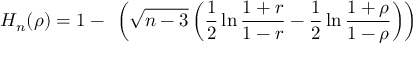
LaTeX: H _ { n } ( \rho ) = 1 - { \mathit { \Phi } } \left( { \sqrt { n - 3 } } \left( { \frac { 1 } { 2 } } \ln { \frac { 1 + r } { 1 - r } } - { \frac { 1 } { 2 } } \ln { \frac { 1 + \rho } { 1 - \rho } } \right) \right)